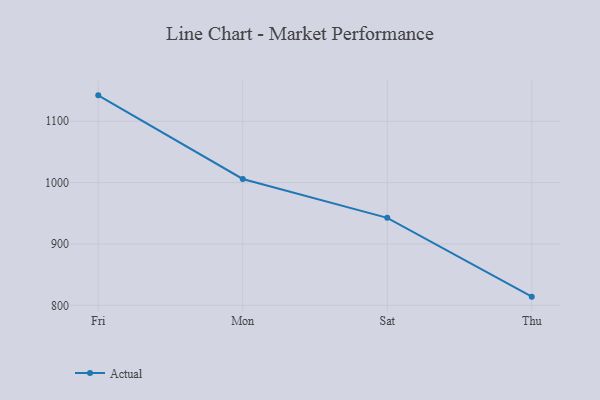
{"axis": {"x": "Day", "y": "Energy Usage (MWh)"}, "legend": ["Actual"], "data": [{"x": "Fri", "y": 1142.2, "type": "Actual"}, {"x": "Mon", "y": 1005.9, "type": "Actual"}, {"x": "Sat", "y": 942.5, "type": "Actual"}, {"x": "Thu", "y": 814.1, "type": "Actual"}]}